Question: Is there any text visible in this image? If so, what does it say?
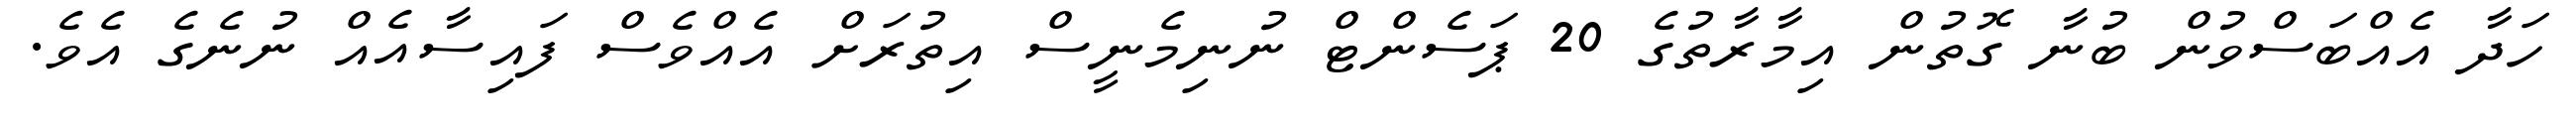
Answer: ހަދާ އެއްބަސްވުން ބުނާ ގޮތުން އިމާރާތުގެ 20 ޕަސެންޓް ނުނިމެނީސް އިތުރަށް އެއްވެސް ފައިސާއެއް ނުނެގެ އެވެ.